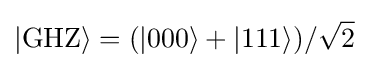
|\mathrm {GHZ} \rangle =(|000\rangle +|111\rangle )/{\sqrt {2}}